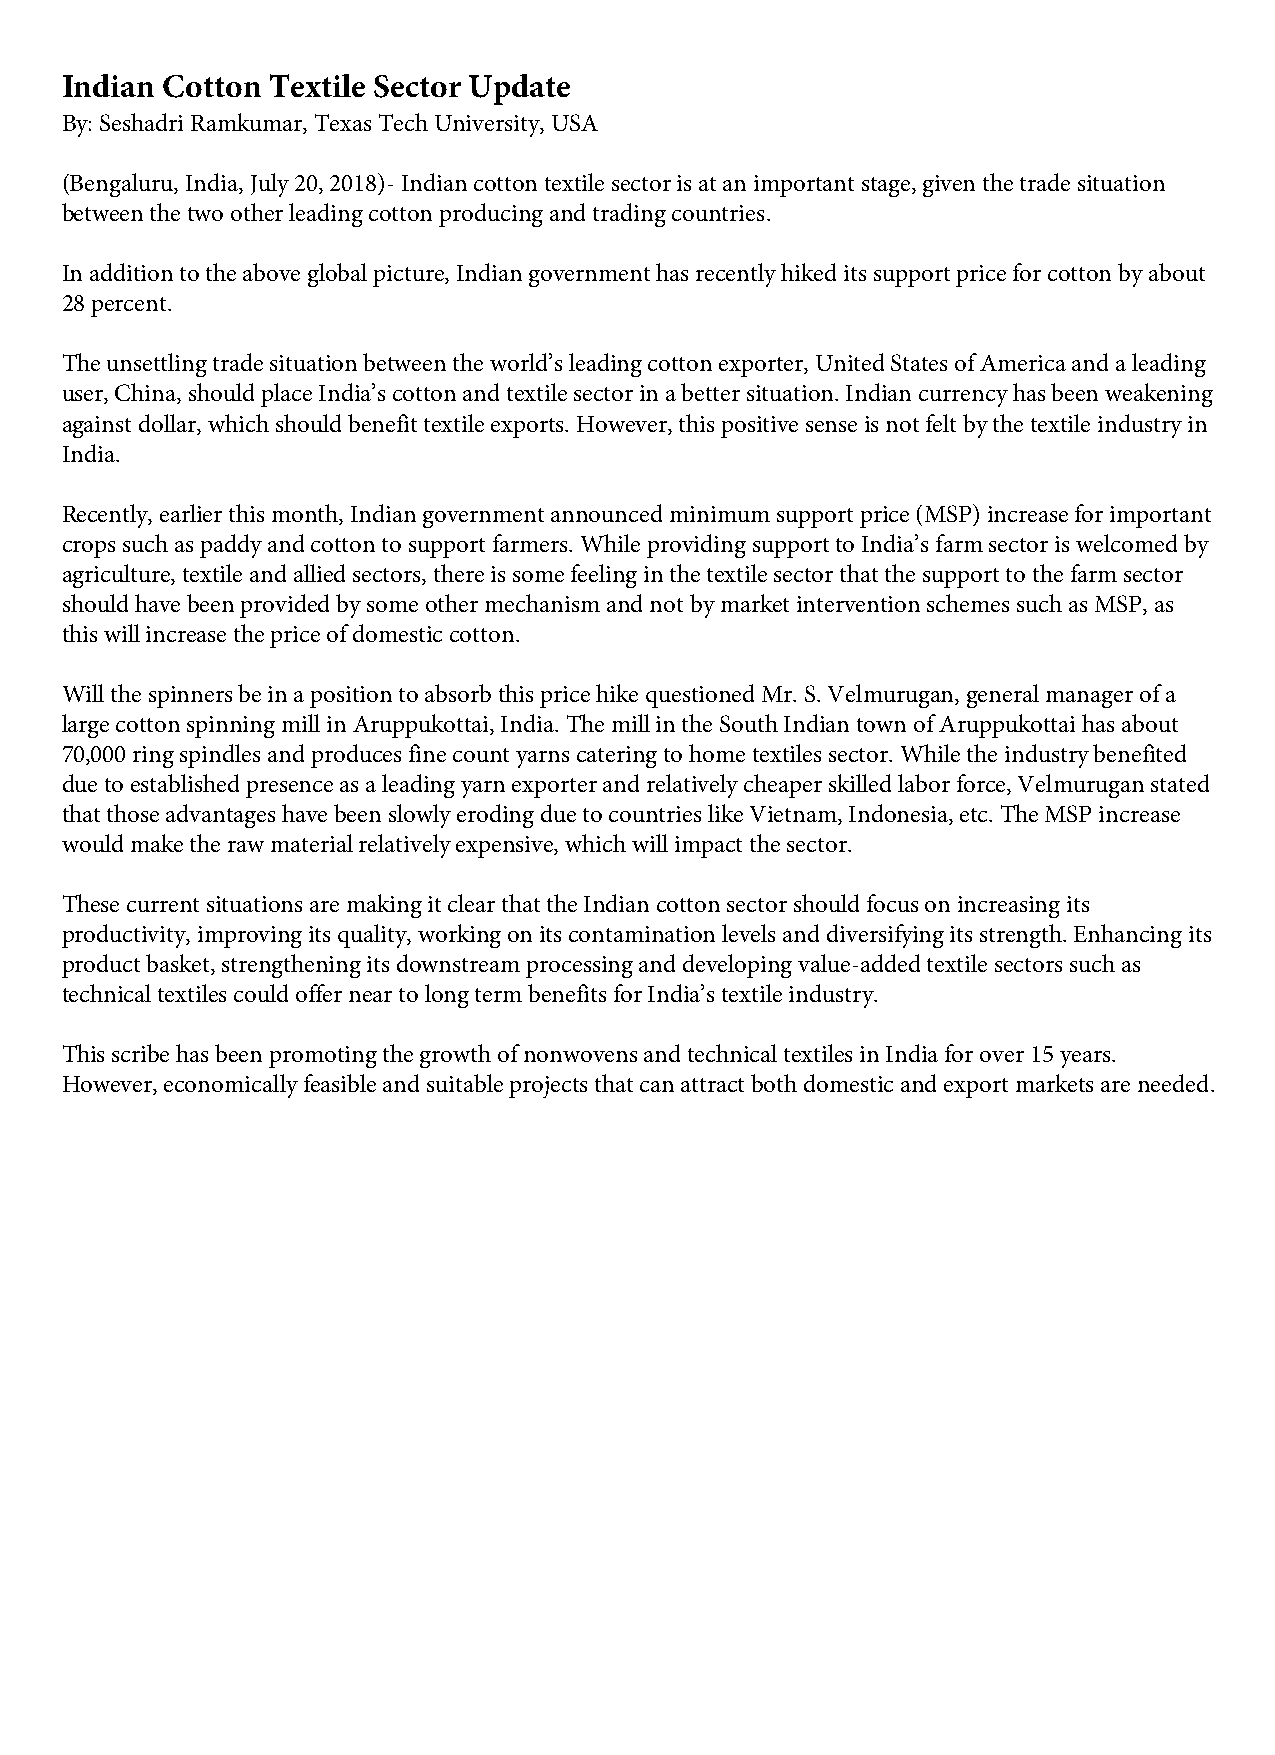
Indian Cotton Textile Sector Update
 By: Seshadri Ramkumar, Texas Tech University, USA
 (Bengaluru, India, July 20, 2018)- Indian cotton textile sector is at an important stage, given the trade situation
 between the two other leading cotton producing and trading countries.
 In addition to the above global picture, Indian government has recently hiked its support price for cotton by about
 28 percent.
 The unsettling trade situation between the world’s leading cotton exporter, United States of America and a leading
 user, China, should place India’s cotton and textile sector in a better situation. Indian currency has been weakening
 against dollar, which should benefit textile exports. However, this positive sense is not felt by the textile industry in
 India.
 Recently, earlier this month, Indian government announced minimum support price (MSP) increase for important
 crops such as paddy and cotton to support farmers. While providing support to India’s farm sector is welcomed by
 agriculture, textile and allied sectors, there is some feeling in the textile sector that the support to the farm sector
 should have been provided by some other mechanism and not by market intervention schemes such as MSP, as
 this will increase the price of domestic cotton.
 Will the spinners be in a position to absorb this price hike questioned Mr. S. Velmurugan, general manager of a
 large cotton spinning mill in Aruppukottai, India. The mill in the South Indian town of Aruppukottai has about
 70,000 ring spindles and produces fine count yarns catering to home textiles sector. While the industry benefited
 due to established presence as a leading yarn exporter and relatively cheaper skilled labor force, Velmurugan stated
 that those advantages have been slowly eroding due to countries like Vietnam, Indonesia, etc. The MSP increase
 would make the raw material relatively expensive, which will impact the sector.
 These current situations are making it clear that the Indian cotton sector should focus on increasing its
 productivity, improving its quality, working on its contamination levels and diversifying its strength. Enhancing its
 product basket, strengthening its downstream processing and developing value-added textile sectors such as
 technical textiles could offer near to long term benefits for India’s textile industry.
 This scribe has been promoting the growth of nonwovens and technical textiles in India for over 15 years.
 However, economically feasible and suitable projects that can attract both domestic and export markets are needed.